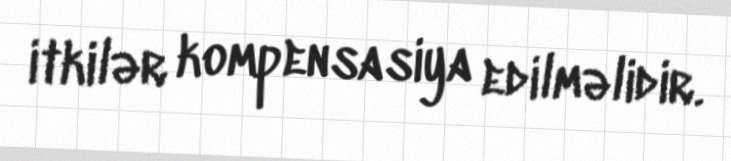
itkilər kompensasiya edilməlidir.